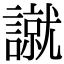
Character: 𧫾